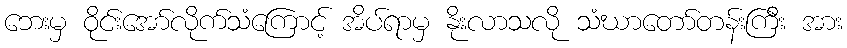
ဘေးမှ ဝိုင်းအော်လိုက်သံကြောင့် အိပ်ရာမှ နိုးလာသလို သံဃာတော်တန်းကြီး အား